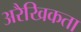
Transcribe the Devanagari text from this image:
अरैखिकता